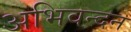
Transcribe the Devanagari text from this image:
अभिवन्दन